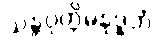
သန္တဝုတ္တိမနုဒ္ဓတံ